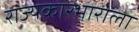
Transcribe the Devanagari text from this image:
राज्यकारभाराला